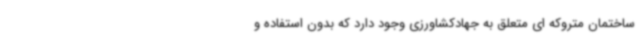
ساختمان متروکه ای متعلق به جهادکشاورزی وجود دارد که بدون استفاده و